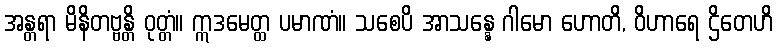
အန္တရာ မိနိတဗ္ဗန္တိ ဝုတ္တံ။ ဣဒမေတ္ထ ပမာဏံ။ သစေပိ အာသန္နေ ဂါမော ဟောတိ, ဝိဟာရေ ဌိတေဟိ